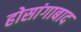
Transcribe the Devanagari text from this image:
होसांगाबाद